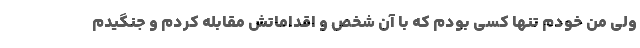
ولی من خودم تنها کسی بودم که با آن شخص و اقداماتش مقابله کردم و جنگیدم